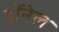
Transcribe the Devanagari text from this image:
डॉनेल